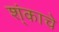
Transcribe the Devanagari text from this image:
श्ंकाचे